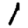
Digit: 1